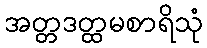
အတ္တဒတ္ထမစာရိသုံ